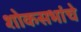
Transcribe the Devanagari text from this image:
शोकसभांचे